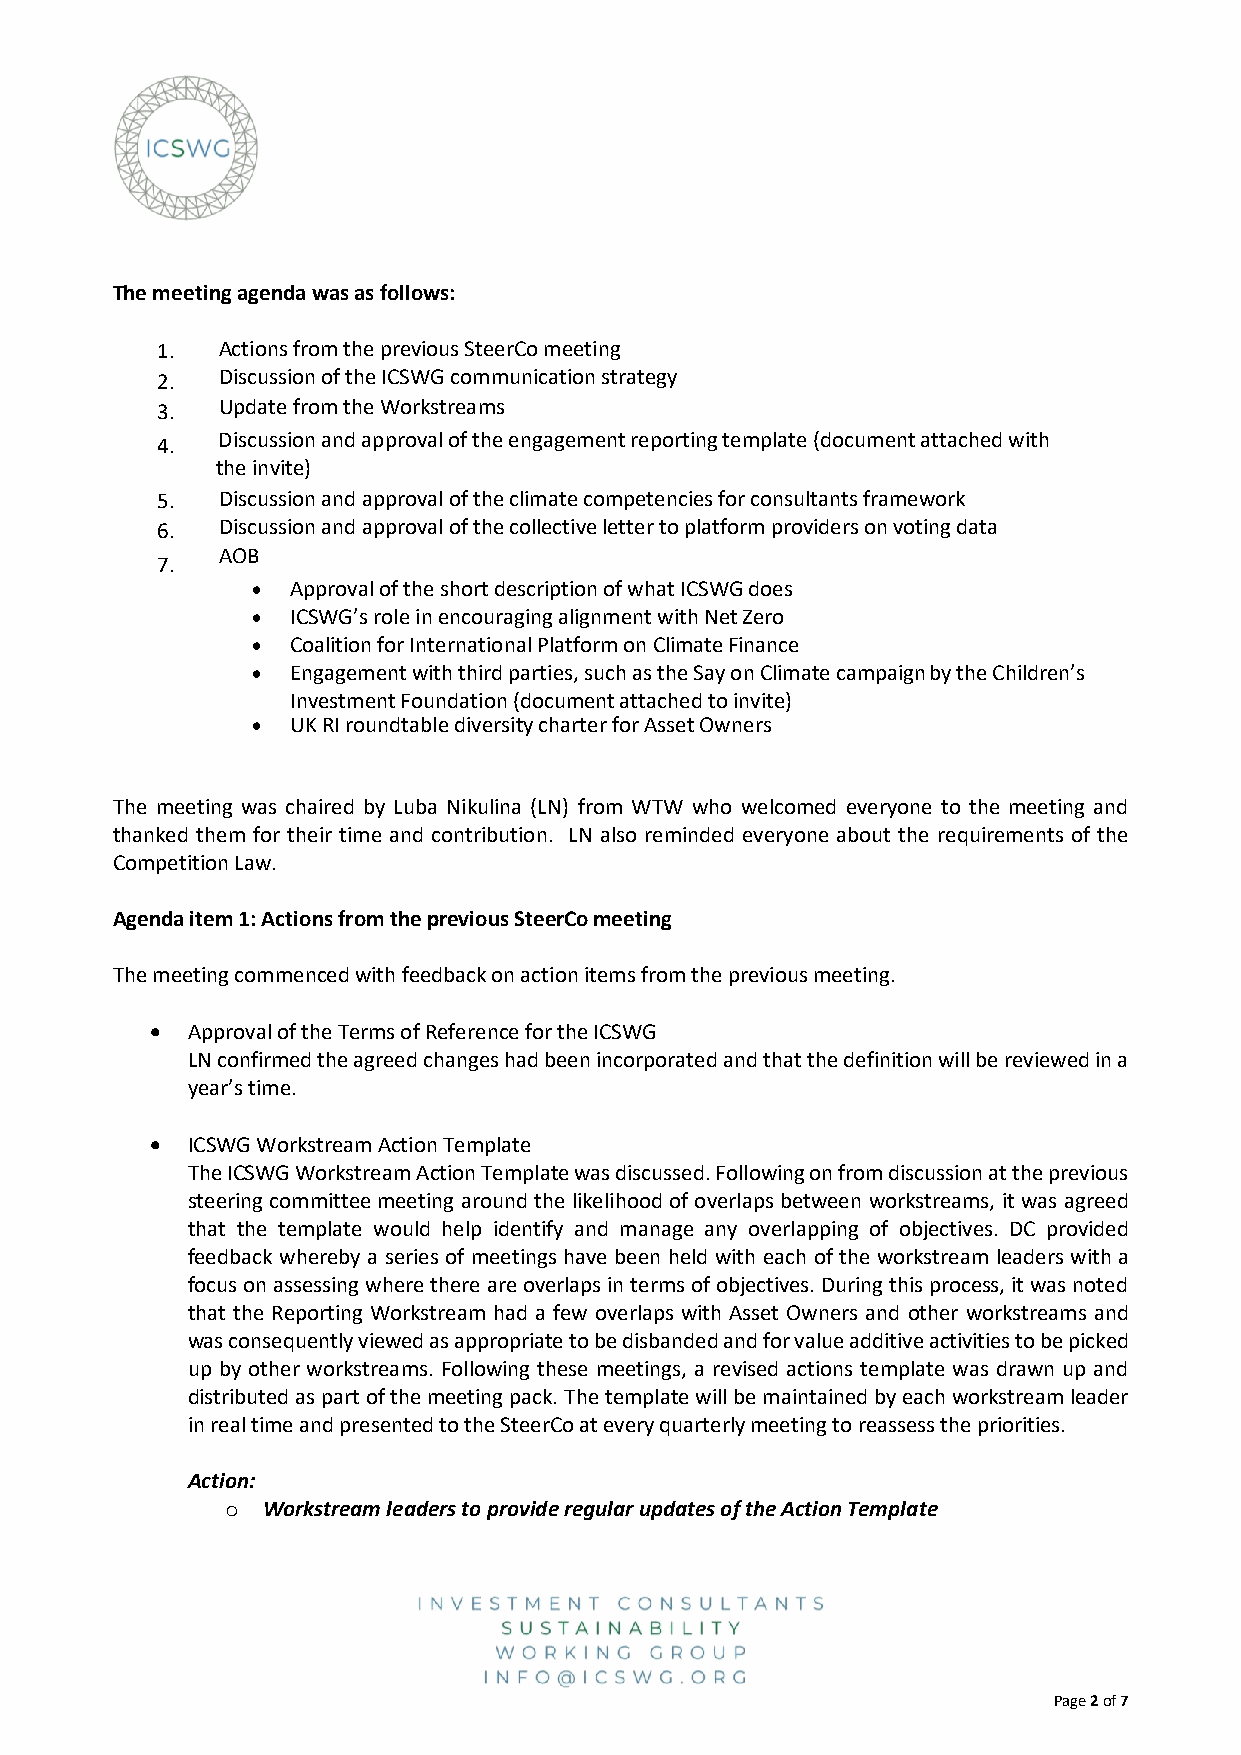
The meeting agenda was as follows:
 1.  Actions from the previous SteerCo meeting
 2.  Discussion of the ICSWG communication strategy
 3.  Update from the Workstreams
 4.  Discussion and approval of the engagement reporting template (document attached with
 the invite)
 5.  Discussion and approval of the climate competencies for consultants framework
 6.  Discussion and approval of the collective letter to platform providers on voting data
 AOB
 7.
 • Approval of the short description of what ICSWG does
 • ICSWG’s role in encouraging alignment with Net Zero
 • Coalition for International Platform on Climate Finance
 • Engagement with third parties, such as the Say on Climate campaign by the Children’s
 Investment Foundation (document attached to invite)
 • UK RI roundtable diversity charter for Asset Owners
 The meeting was chaired by Luba Nikulina (LN) from WTW who welcomed everyone to the meeting and
 thanked them for their time and contribution. LN also reminded everyone about the requirements of the
 Competition Law.
 Agenda item 1: Actions from the previous SteerCo meeting
 The meeting commenced with feedback on action items from the previous meeting.
 • Approval of the Terms of Reference for the ICSWG
 LN confirmed the agreed changes had been incorporated and that the definition will be reviewed in a
 year’s time.
 • ICSWG Workstream Action Template
 The ICSWG Workstream Action Template was discussed. Following on from discussion at the previous
 steering committee meeting around the likelihood of overlaps between workstreams, it was agreed
 that the template would help identify and manage any overlapping of objectives. DC provided
 feedback whereby a series of meetings have been held with each of the workstream leaders with a
 focus on assessing where there are overlaps in terms of objectives. During this process, it was noted
 that the Reporting Workstream had a few overlaps with Asset Owners and other workstreams and
 was consequently viewed as appropriate to be disbanded and for value additive activities to be picked
 up by other workstreams. Following these meetings, a revised actions template was drawn up and
 distributed as part of the meeting pack. The template will be maintained by each workstream leader
 in real time and presented to the SteerCo at every quarterly meeting to reassess the priorities.
 Action:
 o Workstream leaders to provide regular updates of the Action Template
 Page 2 of 7